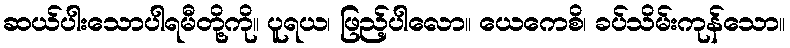
ဆယ်ပါးသောပါရမီတို့ကို။ ပူရယ၊ ဖြည့်ပါလော။ ယေကေစိ၊ ခပ်သိမ်းကုန်သော။